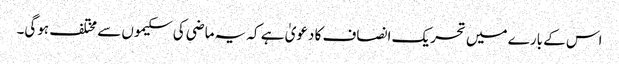
اس کے بارے میں تحریک انصاف کا دعویٰ ہے کہ یہ ماضی کی سکیموں سے مختلف ہوگی۔